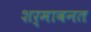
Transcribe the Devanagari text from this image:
शर्मावनत